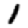
Digit: 1